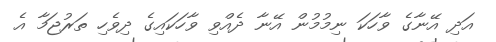
އަދި އޭނާގެ ވާހަކަ ނިމުމުން އޭނާ ދެއްވި ވާހަކައިގެ ދިވެހި ތަރުޖަމާ އެ